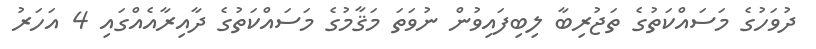
ދުވަހުގެ މަސައްކަތުގެ ތަޖުރިބާ ލިބިފައިވުން ނުވަތަ މަޤާމުގެ މަސައްކަތުގެ ދާއިރާއެއްގައި 4 އަހަރު